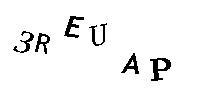
3REUAP